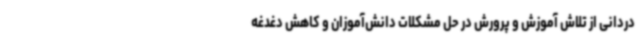
دردانی از تلاش آموزش و پرورش در حل مشکلات دانش‌آموزان و کاهش دغدغه